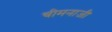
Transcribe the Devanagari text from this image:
चीमनाजी